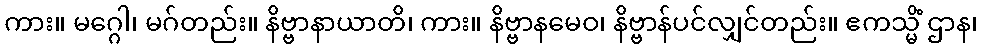
ကား။ မဂ္ဂေါ၊ မဂ်တည်း။ နိဗ္ဗာနာယာတိ၊ ကား။ နိဗ္ဗာနမေဝ၊ နိဗ္ဗာန်ပင်လျှင်တည်း။ ဧကသ္မိံ ဌာန၊